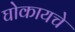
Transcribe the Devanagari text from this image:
घोकायचे